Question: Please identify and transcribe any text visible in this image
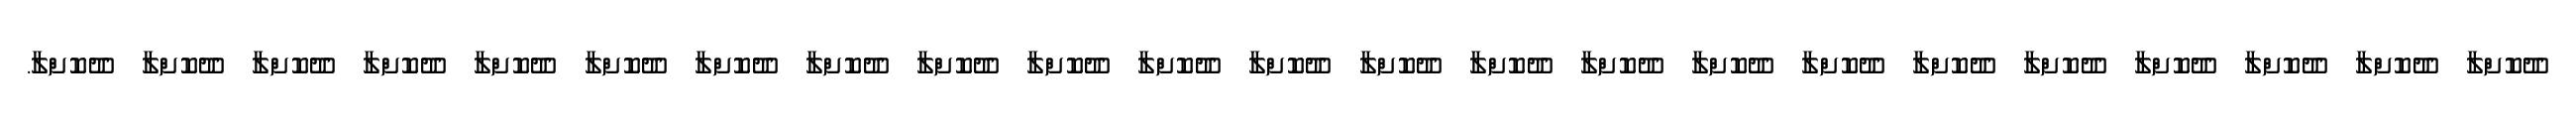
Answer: ދޫކޮށްލާ ދޫކޮށްލާ ދޫކޮށްލާ ދޫކޮށްލާ ދޫކޮށްލާ ދޫކޮށްލާ ދޫކޮށްލާ ދޫކޮށްލާ ދޫކޮށްލާ ދޫކޮށްލާ ދޫކޮށްލާ ދޫކޮށްލާ ދޫކޮށްލާ ދޫކޮށްލާ ދޫކޮށްލާ ދޫކޮށްލާ ދޫކޮށްލާ ދޫކޮށްލާ ދޫކޮށްލާ ދޫކޮށްލާ ދޫކޮށްލާ ދޫކޮށްލާ ދޫކޮށްލާ.